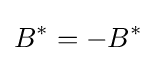
B^{*}=-B^{*}